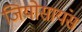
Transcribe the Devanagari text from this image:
जियोसायंस